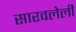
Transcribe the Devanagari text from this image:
सारवलेली